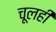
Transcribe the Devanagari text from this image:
चूलही